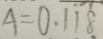
A = 0 . \dot { 1 } \dot { 1 } \dot { 8 }